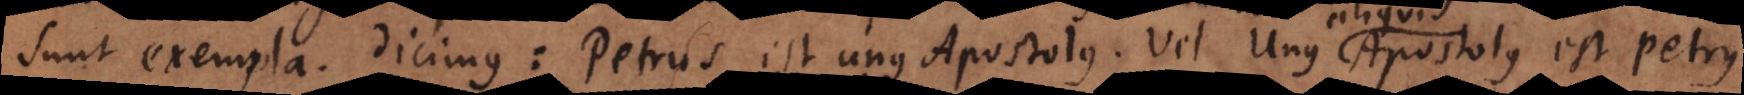
sunt exempla. Dicimus: Petrus est unus Apostolus. Paulus est unus